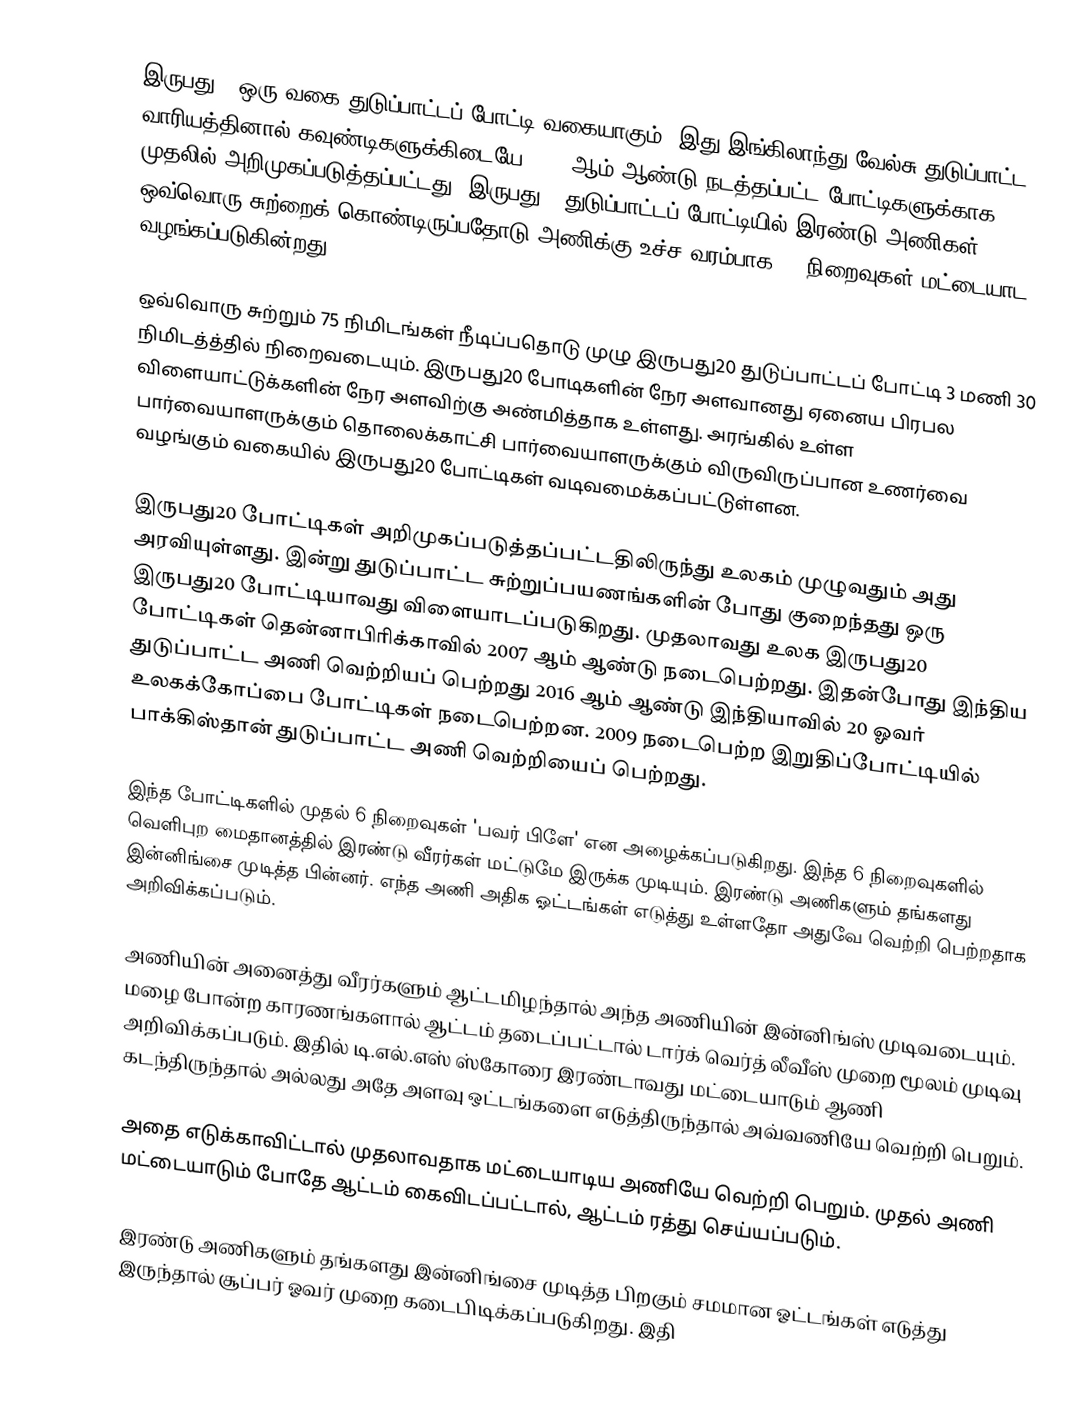
இருபது20 ஒரு வகை துடுப்பாட்டப் போட்டி வகையாகும். இது இங்கிலாந்து வேல்சு துடுப்பாட்ட வாரியத்தினால் கவுண்டிகளுக்கிடையே 2003 ஆம் ஆண்டு நடத்தப்பட்ட போட்டிகளுக்காக முதலில் அறிமுகப்படுத்தப்பட்டது. இருபது20 துடுப்பாட்டப் போட்டியில் இரண்டு அணிகள் ஒவ்வொரு சுற்றைக் கொண்டிருப்பதோடு அணிக்கு உச்ச வரம்பாக 20 நிறைவுகள் மட்டையாட வழங்கப்படுகின்றது.

ஒவ்வொரு சுற்றும் 75 நிமிடங்கள் நீடிப்பதொடு முழு இருபது20 துடுப்பாட்டப் போட்டி 3 மணி 30 நிமிடத்த்தில் நிறைவடையும். இருபது20 போடிகளின் நேர அளவானது ஏனைய பிரபல விளையாட்டுக்களின் நேர அளவிற்கு அண்மித்தாக உள்ளது. அரங்கில் உள்ள பார்வையாளருக்கும் தொலைக்காட்சி பார்வையாளருக்கும் விருவிருப்பான உணர்வை வழங்கும் வகையில் இருபது20 போட்டிகள் வடிவமைக்கப்பட்டுள்ளன.

இருபது20 போட்டிகள் அறிமுகப்படுத்தப்பட்டதிலிருந்து உலகம் முழுவதும் அது அரவியுள்ளது. இன்று துடுப்பாட்ட சுற்றுப்பயணங்களின் போது குறைந்தது ஒரு இருபது20 போட்டியாவது விளையாடப்படுகிறது. முதலாவது உலக இருபது20 போட்டிகள் தென்னாபிரிக்காவில் 2007 ஆம் ஆண்டு நடைபெற்றது. இதன்போது இந்திய துடுப்பாட்ட அணி வெற்றியப் பெற்றது 2016 ஆம் ஆண்டு இந்தியாவில் 20 ஓவர் உலகக்கோப்பை போட்டிகள் நடைபெற்றன. 2009 நடைபெற்ற இறுதிப்போட்டியில் பாக்கிஸ்தான் துடுப்பாட்ட அணி வெற்றியைப் பெற்றது.

இந்த போட்டிகளில் முதல் 6 நிறைவுகள் 'பவர் பிளே' என அழைக்கப்படுகிறது.  இந்த 6 நிறைவுகளில் வெளிபுற மைதானத்தில் இரண்டு வீரர்கள் மட்டுமே இருக்க முடியும்.  இரண்டு அணிகளும் தங்களது இன்னிங்சை முடித்த பின்னர்.  எந்த அணி அதிக ஓட்டங்கள் எடுத்து உள்ளதோ அதுவே வெற்றி பெற்றதாக அறிவிக்கப்படும்.

அணியின் அனைத்து வீரர்களும் ஆட்டமிழந்தால் அந்த அணியின் இன்னிங்ஸ் முடிவடையும்.  மழை போன்ற காரணங்களால் ஆட்டம் தடைப்பட்டால் டார்க் வெர்த் லீவீஸ் முறை மூலம் முடிவு அறிவிக்கப்படும்.  இதில் டி.எல்.எஸ் ஸ்கோரை இரண்டாவது மட்டையாடும் ஆணி கடந்திருந்தால் அல்லது அதே அளவு ஒட்டங்களை எடுத்திருந்தால் அவ்வணியே வெற்றி பெறும்.

அதை எடுக்காவிட்டால் முதலாவதாக மட்டையாடிய அணியே வெற்றி பெறும். முதல் அணி மட்டையாடும் போதே ஆட்டம் கைவிடப்பட்டால், ஆட்டம் ரத்து செய்யப்படும்.

இரண்டு அணிகளும் தங்களது இன்னிங்சை முடித்த பிறகும் சமமான ஓட்டங்கள் எடுத்து இருந்தால் சூப்பர் ஓவர் முறை கடைபிடிக்கப்படுகிறது.  இதி